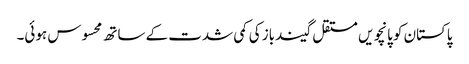
پاکستان کو پانچویں مستقل گیندباز کی کمی شدت کے ساتھ محسوس ہوئی۔